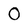
Character: O